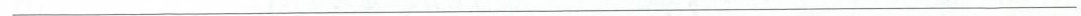
___